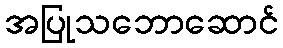
အပြုသဘောဆောင်